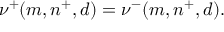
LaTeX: \nu ^ { + } ( m , n ^ { + } , d ) = \nu ^ { - } ( m , n ^ { + } , d ) .